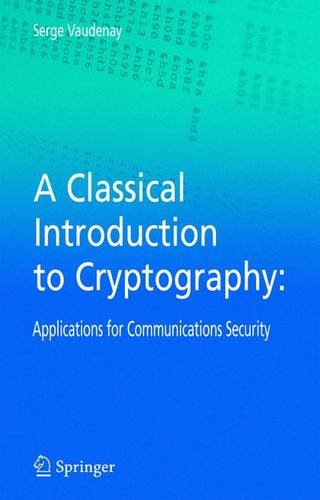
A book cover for A Classical Introduction to Cryptography: Applications for Communications Security; Serge Vaudenay; Computers & Technology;